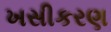
ખસીકરણ